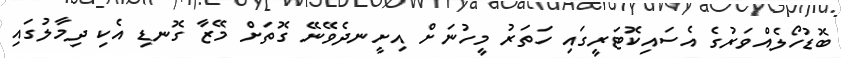
ބޮޑުހޯލެއްވަރުގެ އެސައިކޮޓަރީގައި ހަތަރު މީހުނަށް އިށީނދެވޭނޭ ގޮތަށް މޭޒާ ގޮނޑި އެކި ދިމާލުގައި